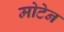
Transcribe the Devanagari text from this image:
मोटेन